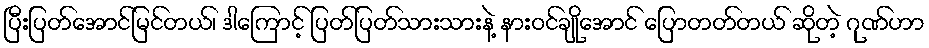
ပြီးပြတ်အောင်မြင်တယ်၊ ဒါကြောင့် ပြတ်ပြတ်သားသားနဲ့ နားဝင်ချိုအောင် ပြောတတ်တယ် ဆိုတဲ့ ဂုဏ်ဟာ